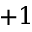
+ 1